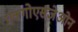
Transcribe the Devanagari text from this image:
एक्गोएसजेओन